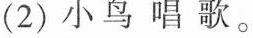
(2)小鸟唱歌。